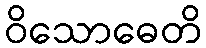
ဝိသောဓေတိ